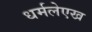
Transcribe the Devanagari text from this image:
धर्मलेएख